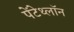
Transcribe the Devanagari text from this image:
पेंटेथ्लॉन